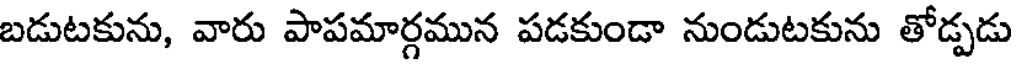
బడుటకును, వారు పాపమార్గమున పడకుండా నుండుటకును తోడ్పడు